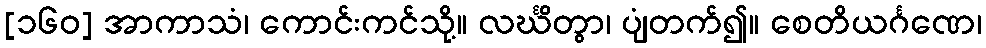
[၁၆၀] အာကာသံ၊ ကောင်းကင်သို့။ လင်္ဃိတွာ၊ ပျံတက်၍။ စေတိယင်္ဂဏေ၊